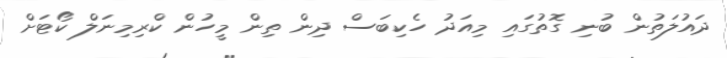
ދައުލަތުން ބުނި ގޮތުގައި މިއަދު ހެކިބަސް ދިން ތިން މީހުން ކްރިމިނަލް ކޯޓަށް